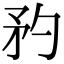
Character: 䂆